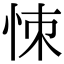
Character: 𢙀